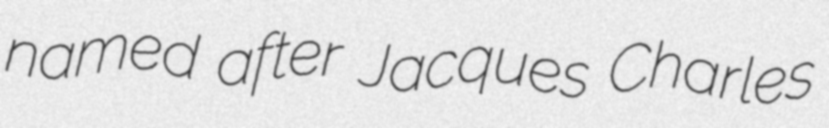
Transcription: named after Jacques Charles